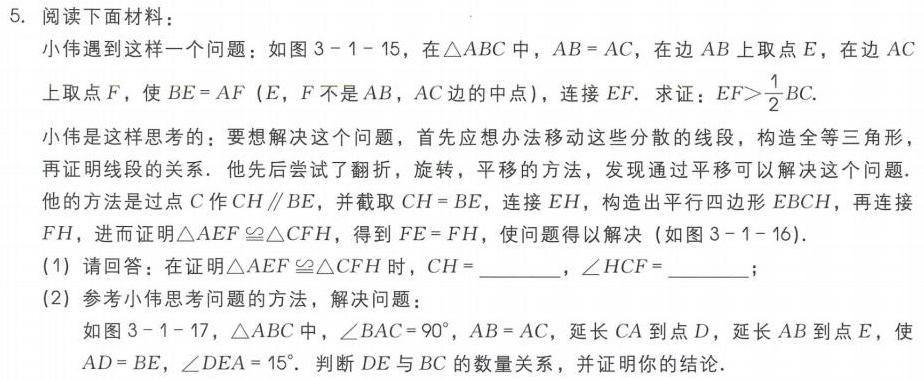
5. 阅读下面材料：
小伟遇到这样一个问题：如图3 - 1 - 15，在\(\triangle ABC\)中，\(AB = AC\)，在边\(AB\)上取点\(E\)，在边\(AC\)上取点\(F\)，使\(BE = AF\)(\(E\)，\(F\)不是\(AB\)，\(AC\)边的中点)，连接\(EF\). 求证：\(EF>\frac{1}{2}BC\).
小伟是这样思考的：要想解决这个问题，首先应想办法移动这些分散的线段，构造全等三角形，再证明线段的关系. 他先后尝试了翻折，旋转，平移的方法，发现通过平移可以解决这个问题. 他的方法是过点\(C\)作\(CH\parallel BE\)，并截取\(CH = BE\)，连接\(EH\)，构造出平行四边形\(EBCH\)，再连接\(FH\)，进而证明\(\triangle AEF\cong\triangle CFH\)，得到\(FE = FH\)，使问题得以解决(如图3 - 1 - 16).
(1) 请回答：在证明\(\triangle AEF\cong\triangle CFH\)时，\(CH =\)  ，\(\angle HCF =\)  ；
(2) 参考小伟思考问题的方法，解决问题：
如图3 - 1 - 17，\(\triangle ABC\)中，\(\angle BAC = 90^{\circ}\)，\(AB = AC\)，延长\(CA\)到点\(D\)，延长\(AB\)到点\(E\)，使\(AD = BE\)，\(\angle DEA = 15^{\circ}\). 判断\(DE\)与\(BC\)的数量关系，并证明你的结论.